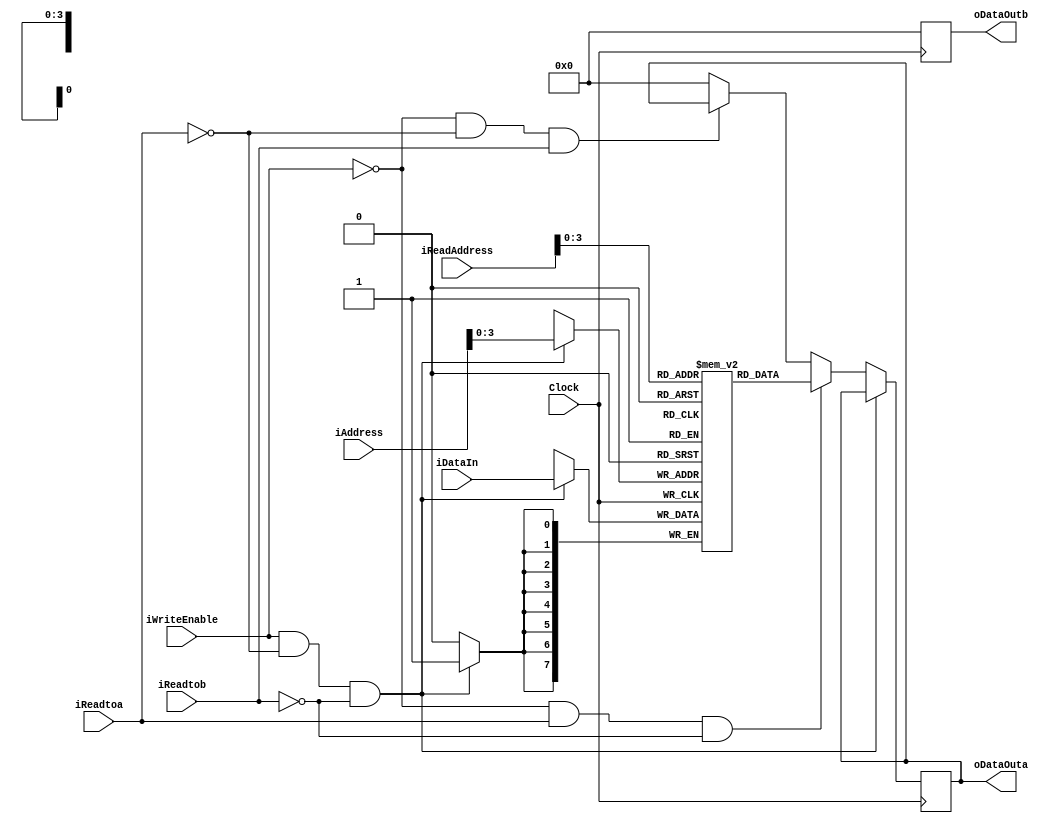
`timescale 1ns / 1ps

module MEMORY	 # ( parameter DATA_WIDTH= 8, parameter ADDR_WIDTH=10, parameter MEM_SIZE=10 )
(
	input wire						Clock,
	input wire						iWriteEnable,
	input wire[ADDR_WIDTH-1:0]		iAddress,
	input wire[ADDR_WIDTH-1:0]	iReadAddress,
	input wire						iReadtoa,
	input wire						iReadtob,
	input wire[DATA_WIDTH-1:0]		 iDataIn,
	output reg [DATA_WIDTH-1:0] 	oDataOuta,
	output reg [DATA_WIDTH-1:0] 	oDataOutb
);

reg [DATA_WIDTH-1:0] Memory [MEM_SIZE:0];		

always @(posedge Clock) 
begin 
	
		if (iWriteEnable && !iReadtoa && !iReadtob) 
			Memory[iAddress] <= iDataIn; 
		else if (!iWriteEnable && iReadtoa && !iReadtob)	
			oDataOuta <= Memory[iReadAddress]; 
		else if (!iWriteEnable && !iReadtoa && iReadtob)	
			oDataOutb <= Memory[iReadAddress];  
		else
			oDataOuta <= 8'b0;
			oDataOutb <= 8'b0;
		
end 
endmodule